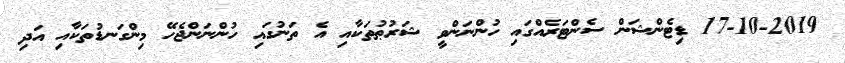
17-10-2019 ޑިޓެންޝަން ސެންޓަރެއްގައި ހުންނަންވީ ޝަރުޠުތަކާއި އެ ތަނުގައި ހުންނަންޖެހޭ މިންގަނޑުތަކާއި އަދި